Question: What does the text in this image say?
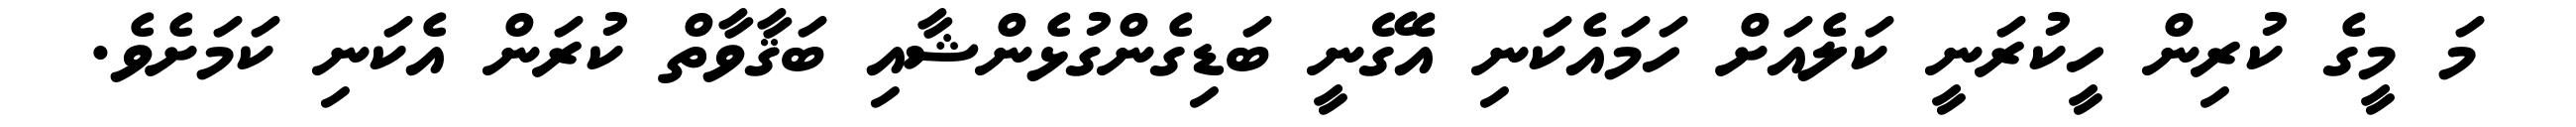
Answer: މަ މީގެ ކުރިން ހީކުރަނީ ކަލެއަށް ހަމައެކަނި އެގޭނީ ބަޑިގެންގުޅެންޝާއި ބަޤާވާތް ކުރަން އެކަނި ކަމަށެވެ.